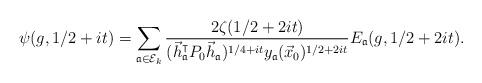
LaTeX: \begin{align*}\psi(g,1/2+it)= \sum_{\mathfrak{a}\in \mathcal{E}_k}\frac{2\zeta(1/2+2it)}{(\vec{h}_{\mathfrak{a}}^{\intercal}P_0\vec{h}_{\mathfrak{a}})^{1/4+it} y_{\mathfrak{a}}(\vec{x}_0)^{1/2+2it}} E_{\mathfrak{a}}(g,1/2+2it).\end{align*}